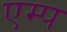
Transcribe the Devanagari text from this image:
एम्प